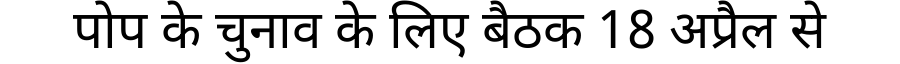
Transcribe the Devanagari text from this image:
पोप के चुनाव के लिए बैठक 18 अप्रैल से